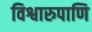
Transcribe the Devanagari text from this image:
विश्वारुपाणि